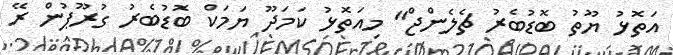
އަތޮޅު ޔޫތު ބޮޑުބެރު ޗެލެންޖް" މިއަތޮޅު ކަމަދޫ ޔަމަކް ބޮޑުބެރު ގުރޫޕުން ރޭ